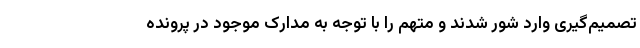
تصمیم‌گیری وارد شور شدند و متهم را با توجه به مدارک موجود در پرونده